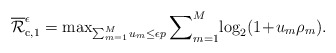
\begin{align*}\overline{\mathcal{R}}_{{\rm{c}},1}^{\epsilon}=\max\nolimits_{\sum_{m=1}^{M}u_m\leq\epsilon p}\sum\nolimits_{m=1}^{M}\!\log_2(1\!+\!u_m\rho_m).\end{align*}